Leaving Certificate Examination, 1911
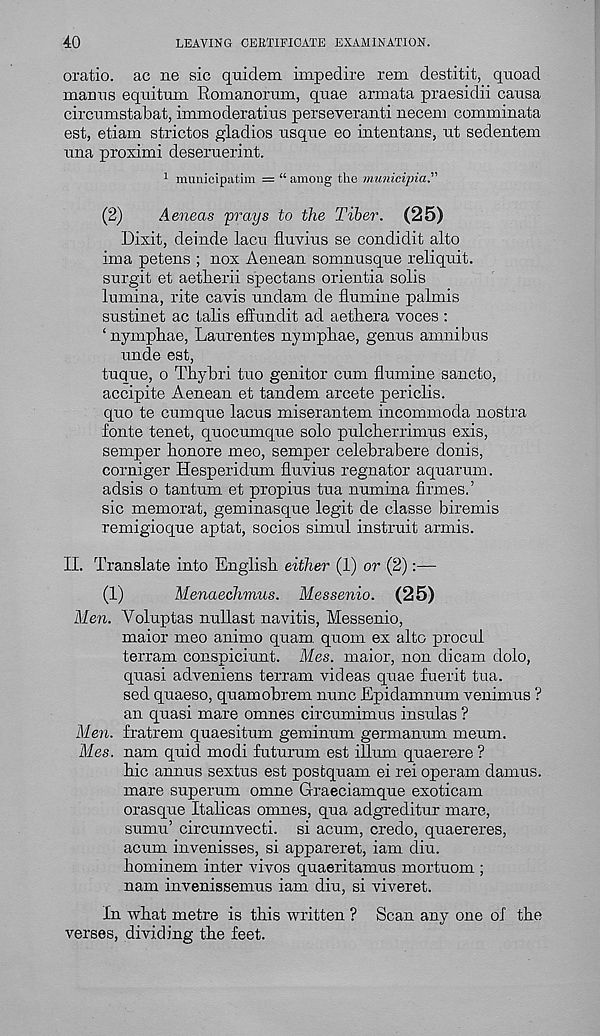
40
LEAVING CERTIFICATE EXAMINATION.
oratio. ac ne sic quidem impedire rem destitit, quoad
mauus equitum Romanorum, quae armata praesidii causa
circumstabat, immoderatius perseveranti necem comminata
est, etiam strictos gladios usque eo intentaus, ut sedentem
una proximi deseruerint.
1 municipatim = “ among the municipia."
(2)
Aeneas 'prays to the Tiber. (25)
Dixit, deinde lacu fluvius se condidit alto
ima petens ; uox Aenean somnusque reliquit.
surgit et aetberii spectans orientia solis
lumina, rite cavis undam de flumine palmis
sustinet ac talis effundit ad aethera voces :
‘ nymphae, Laurentes nympliae, genus amnibus
unde est,
tuque, o Thybri tuo genitor cum flumine sancto,
accipite Aenean et tandem arcete periclis.
quo te cumque lacus miserantem incommoda nostra
fonte tenet, quocumque solo pulcberrimus exis,
semper bonore meo, semper celebrabere donis,
corniger Hesperidum fluvius regnator aquarum.
adsis o tan turn et propius tua numina firmes.’
sic memorat, geminasque legit de classe biremis
remigioque aptat, socios simul instruit armis.
II. Translate into English either (1) or (2):—
(1)
Menaechmus. Messenio. (25)
Men. Yoluptas nullast navitis, Messenio,
maior meo animo quam quom ex alto procul
terram conspiciunt. Mes. maior, non dicam dolo,
quasi adveniens terram videas quae fuerit tua.
sed quaeso, quamobrem nunc Epidamnum venimus ?
an quasi mare omnes circumimus insulas ?
Men. fratrem quaesitum geminum germanum meum.
Mes. nam quid modi futurum est ilium quaerere ?
bic annus sextus est postquam ei rei operam damus.
mare superum omne Graeciamque exoticam
orasque Italicas omnes, qua adgreditur mare,
sumu’ circumvecti. si acum, credo, quaereres,
acum invenisses, si appareret, iam diu.
bominem inter vivos quaeritamus mortuom ;
nam invenissemus iam diu, si viveret.
In wbat metre is tbis written ? Scan any one of tbe
verses, dividing tbe feet.